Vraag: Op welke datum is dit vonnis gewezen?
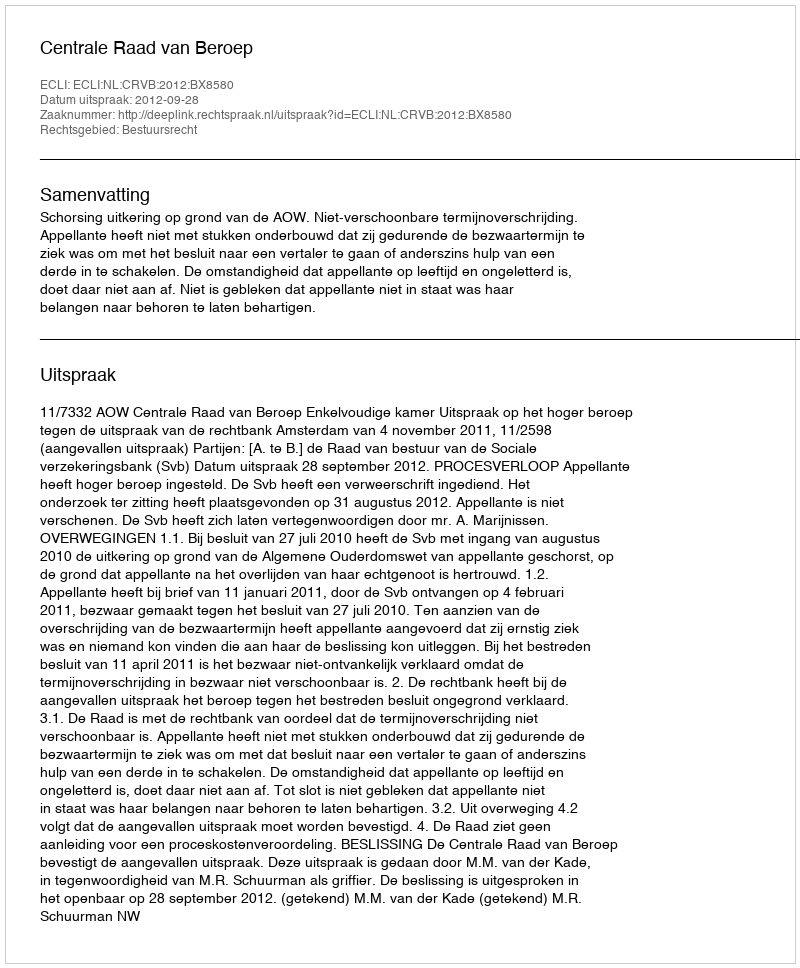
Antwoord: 2012-09-28